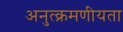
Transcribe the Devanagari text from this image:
अनुत्क्रमणीयता